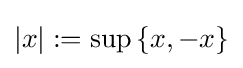
|x|:=\sup \left\{x,-x\right\}